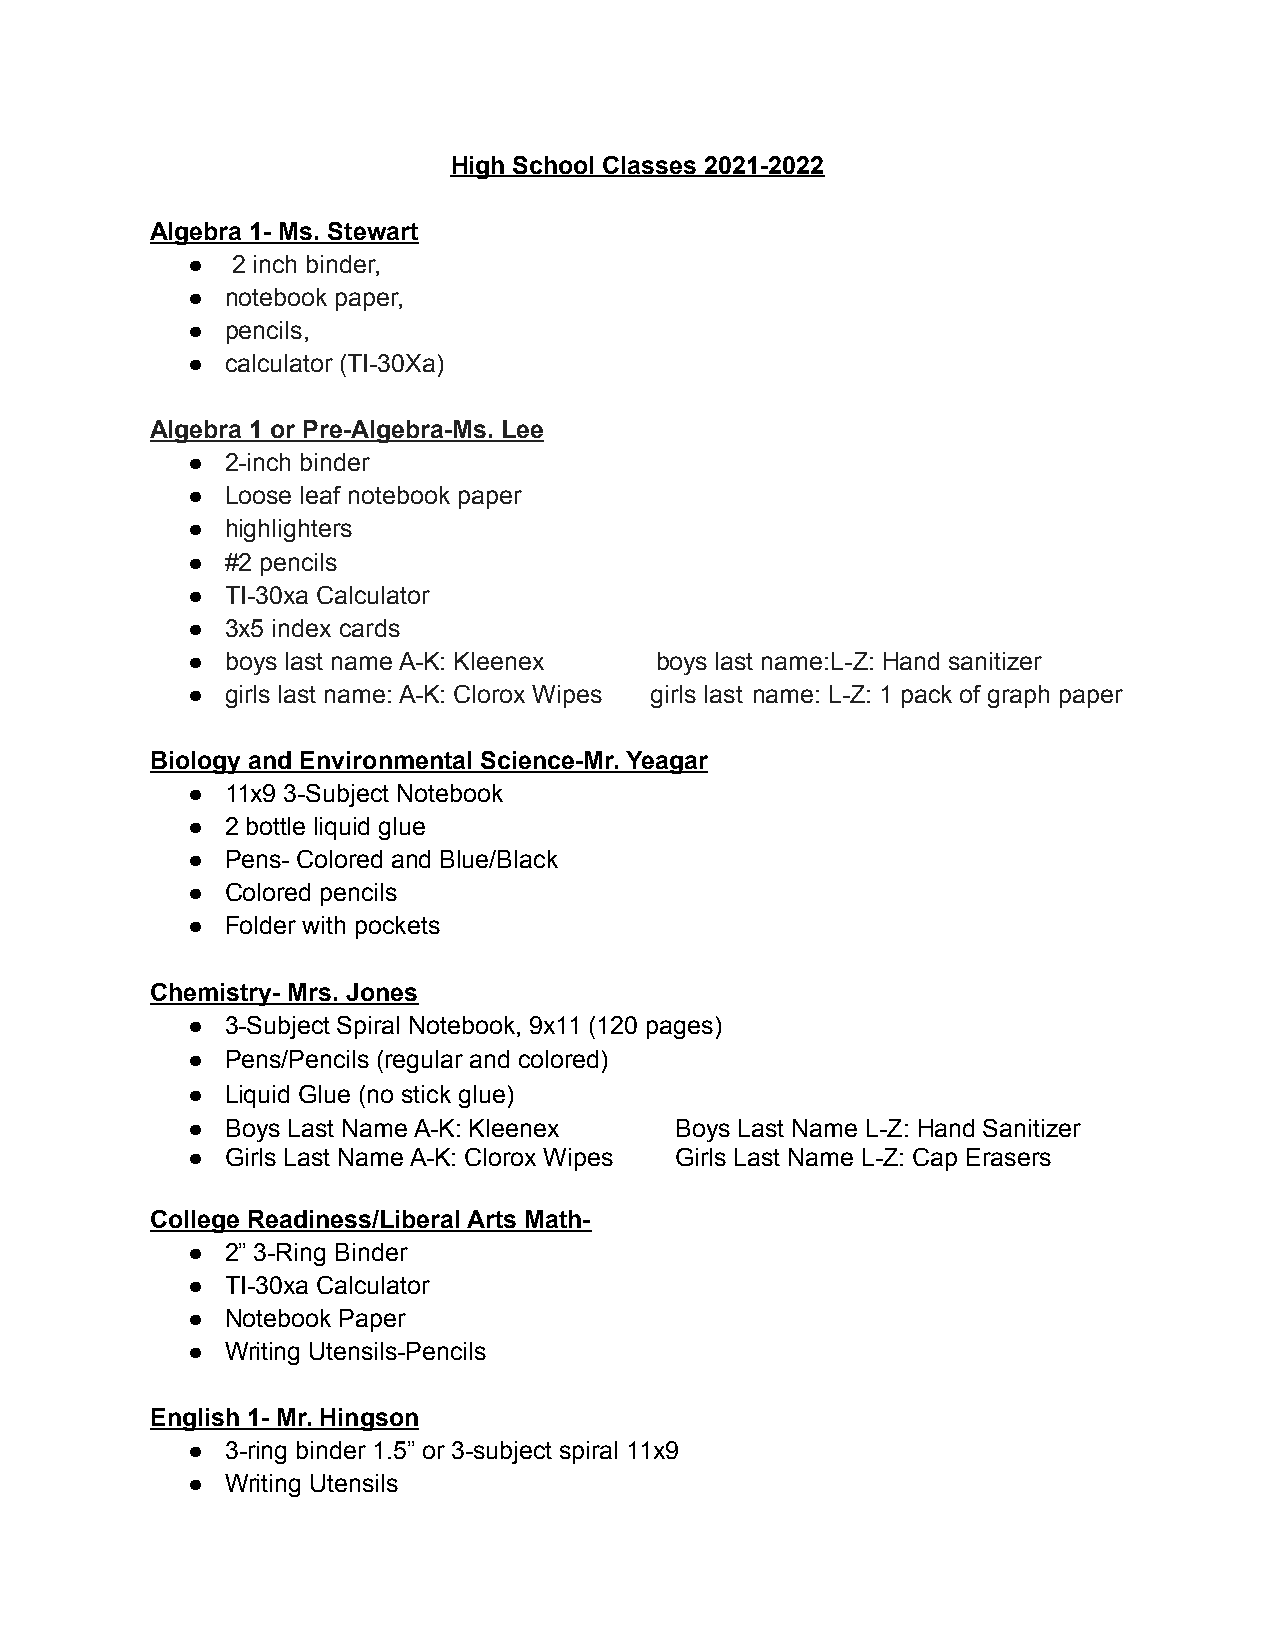
High School Classes 2021-2022
 Algebra 1- Ms. Stewart
 ●  2 inch binder,
 ●  notebook paper,
 ●  pencils,
 ●  calculator (TI-30Xa)
 Algebra 1 or Pre-Algebra-Ms. Lee
 ●  2-inch binder
 ●  Loose leaf notebook paper
 ●  highlighters
 ●  #2 pencils
 ●  TI-30xa Calculator
 ●  3x5 index cards
 ●  boys last name A-K: Kleenex boys last name:L-Z: Hand sanitizer
 ●  girls last name: A-K: Clorox Wipes girls last name: L-Z: 1 pack of graph paper
 Biology and Environmental Science-Mr. Yeagar
 ●  11x9 3-Subject Notebook
 ●  2 bottle liquid glue
 ●  Pens- Colored and Blue/Black
 ●  Colored pencils
 ●  Folder with pockets
 Chemistry- Mrs. Jones
 ●  3-Subject Spiral Notebook, 9x11 (120 pages)
 ●  Pens/Pencils (regular and colored)
 ●  Liquid Glue (no stick glue)
 ●  Boys Last Name A-K: Kleenex   Boys Last Name L-Z: Hand Sanitizer
 ●  Girls Last Name A-K: Clorox Wipes Girls Last Name L-Z: Cap Erasers
 College Readiness/Liberal Arts Math-
 ●  2” 3-Ring Binder
 ●  TI-30xa Calculator
 ●  Notebook Paper
 ●  Writing Utensils-Pencils
 English 1- Mr. Hingson
 ●  3-ring binder 1.5” or 3-subject spiral 11x9
 ●  Writing Utensils